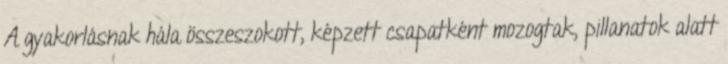
A gyakorlásnak hála összeszokott, képzett csapatként mozogtak, pillanatok alatt